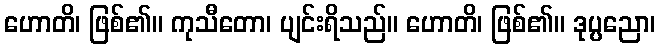
ဟောတိ၊ ဖြစ်၏။ ကုသီတော၊ ပျင်းရိသည်။ ဟောတိ၊ ဖြစ်၏။ ဒုပ္ပညော၊